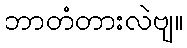
ဘာတံတားလဲဗျ။